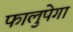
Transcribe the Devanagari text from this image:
फालुपेगा